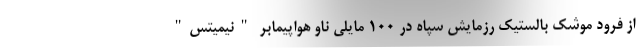
از فرود موشک بالستیک رزمایش سپاه در 100 مایلی ناو هواپیمابر "نیمیتس"